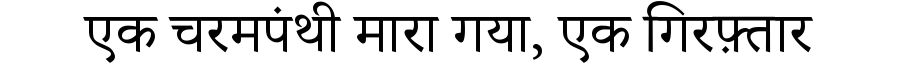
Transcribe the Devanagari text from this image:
एक चरमपंथी मारा गया, एक गिरफ़्तार